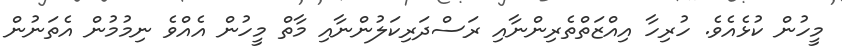
މީހުން ކުޅެއެވެ. ހުރިހާ އިއްޒަތްތެރިންނާއި ރަސްދަރިކަލުންނާއި މާތް މީހުން އެއްވެ ނިމުމުން އެތަނުން